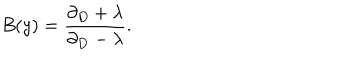
B ( y ) = \frac { \partial _ { D } + \lambda } { \partial _ { D } - \lambda } .